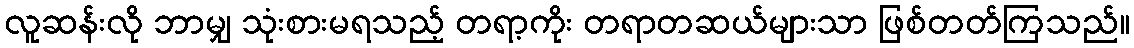
လူဆန်းလို ဘာမျှ သုံးစားမရသည့် တရာ့ကိုး တရာတဆယ်များသာ ဖြစ်တတ်ကြသည်။